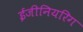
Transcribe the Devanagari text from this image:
ईजीनियरिग